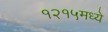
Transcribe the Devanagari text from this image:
१२१५मध्ये